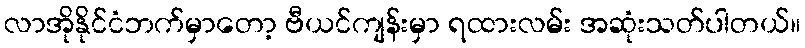
လာအိုနိုင်ငံဘက်မှာတော့ ဗီယင်ကျန်းမှာ ရထားလမ်း အဆုံးသတ်ပါတယ်။